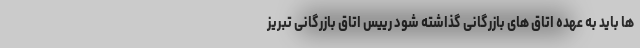
ها باید به عهده اتاق های بازرگانی گذاشته شود رییس اتاق بازرگانی تبریز